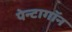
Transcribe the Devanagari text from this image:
पेन्टागॉन